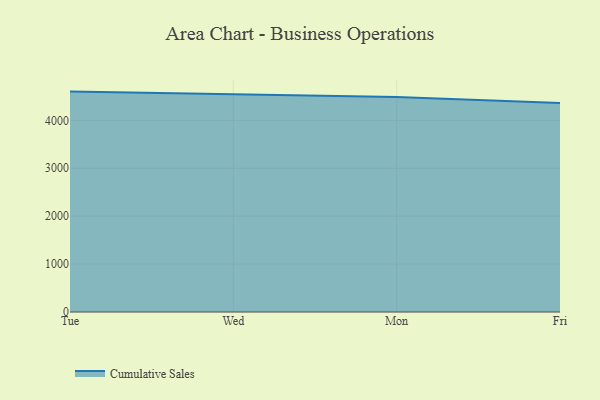
{"axis": {"x": "Day", "y": "Waste Production (Tons)"}, "legend": ["Cumulative Sales"], "data": [{"x": "Tue", "y": 4600.9, "type": "Cumulative Sales"}, {"x": "Wed", "y": 4551.0, "type": "Cumulative Sales"}, {"x": "Mon", "y": 4487.7, "type": "Cumulative Sales"}, {"x": "Fri", "y": 4363.0, "type": "Cumulative Sales"}]}